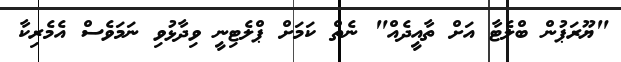
"ޔޫރަޕުން ބްލެޓާ އަށް ތާއީދެއް" ނެތް ކަމަށް ޕްލެޓިނީ ވިދާޅުވި ނަމަވެސް އެމެރިކާ